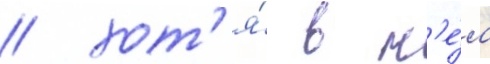
/ хот'я́ в н'е́м